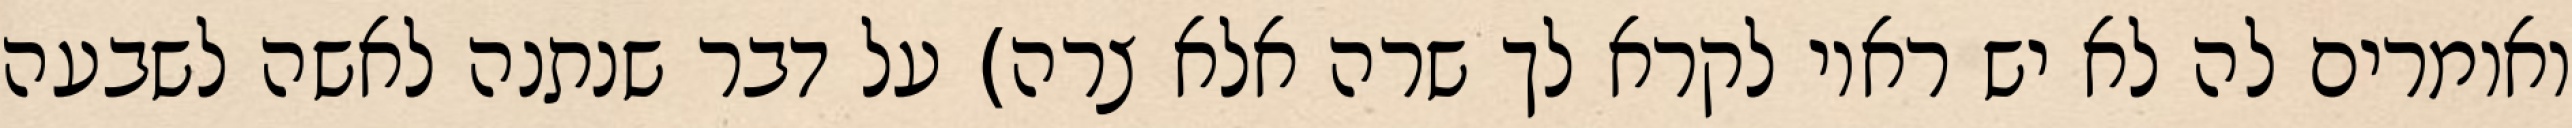
ואומרים לה לא יש ראוי לקרא לך שרה אלא צרה) על דבר שנתנה לאשה לשבעה